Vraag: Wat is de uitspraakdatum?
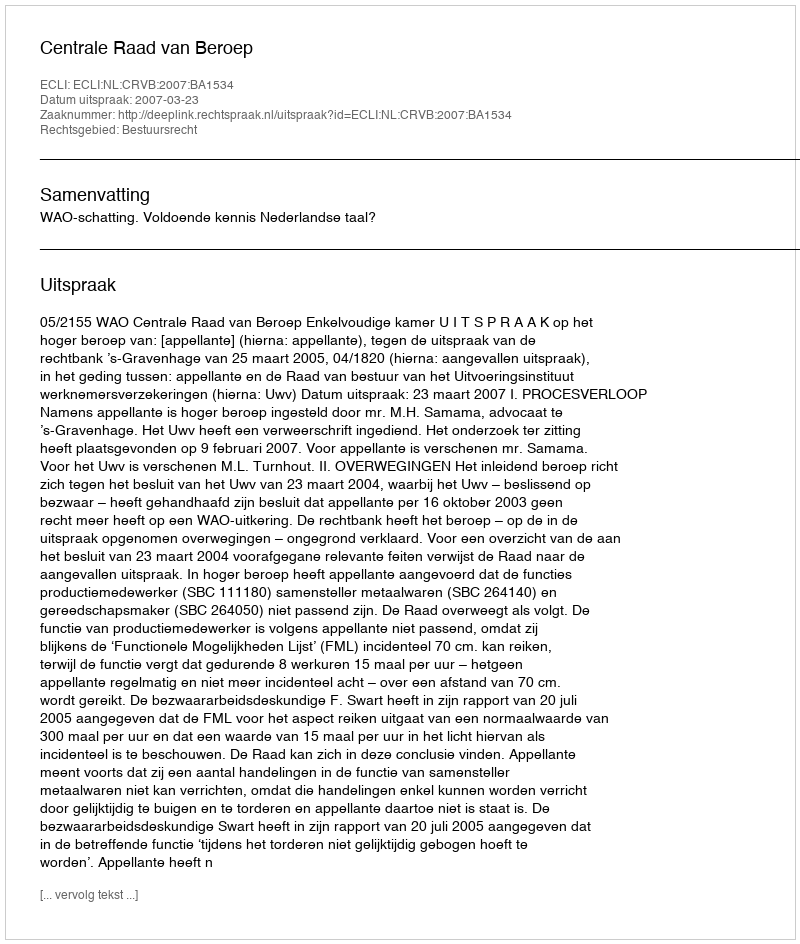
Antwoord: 2007-03-23